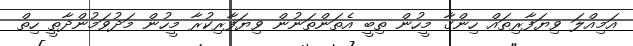
އަމިއްލަ ވިޔަފާރިތައް ހިންގާ މީހުން ތިބީ އެތަންތަނުން ވިޔަފާރިކުރާ މީހުން މަދުވަމުންދާތީ ހިތް